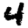
Digit: 4